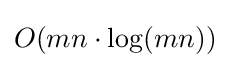
O(mn\cdot \log(mn))